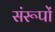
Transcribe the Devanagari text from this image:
संरूपों